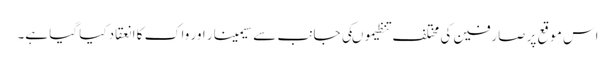
اس موقع پر صارفین کی مختلف تنظیموںکی جانب سے سیمینار اور واک کا انعقاد کیا گیا ہے۔